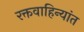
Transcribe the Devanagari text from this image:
रक्तवाहिन्यांत